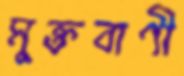
মুক্তবাণী